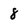
Character: 8